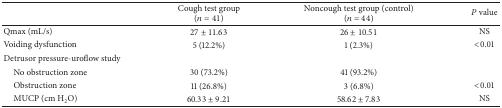
<table><thead><tr><td><b> </b></td><td><b>Cough test group (<i>n</i> = 41)</b></td><td><b>Noncough test group (control) (<i>n</i> = 44)</b></td><td><b><i>P</i> value</b></td></tr></thead><tbody><tr><td>Qmax (mL/s)</td><td>27 ± 11.63</td><td>26 ± 10.51</td><td>NS</td></tr><tr><td>Voiding dysfunction</td><td>5 (12.2%)</td><td>1 (2.3%)</td><td>&lt;0.01</td></tr><tr><td>Detrusor pressure-uroflow study</td><td> </td><td> </td><td> </td></tr><tr><td> No obstruction zone</td><td>30 (73.2%)</td><td>41 (93.2%)</td><td> </td></tr><tr><td> Obstruction zone</td><td>11 (26.8%)</td><td>3 (6.8%)</td><td>&lt;0.01</td></tr><tr><td> MUCP (cm H<sub>2</sub>O)</td><td>60.33 ± 9.21</td><td>58.62 ± 7.83</td><td>NS</td></tr></tbody></table>